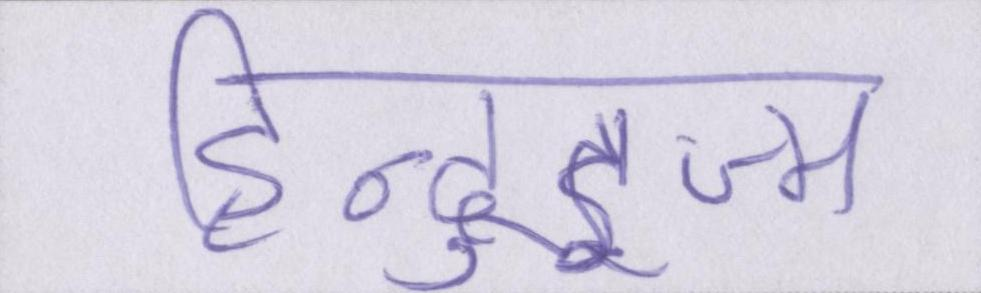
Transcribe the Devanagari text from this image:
हिन्दुइज्म